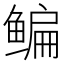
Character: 鳊